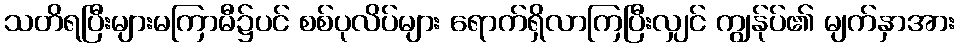
သတိရပြီးများမကြာမီ၌ပင် စစ်ပုလိပ်များ ရောက်ရှိလာကြပြီးလျှင် ကျွန်ုပ်၏ မျက်နှာအား